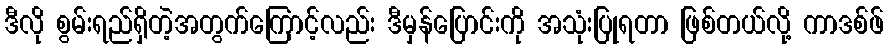
ဒီလို စွမ်းရည်ရှိတဲ့အတွက်ကြောင့်လည်း ဒီမှန်ပြောင်းကို အသုံးပြုရတာ ဖြစ်တယ်လို့ ကာဒစ်ဖ်